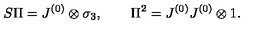
S \Pi = J ^ { ( 0 ) } \otimes \sigma _ { 3 } , \qquad \Pi ^ { 2 } = J ^ { ( 0 ) } J ^ { ( 0 ) } \otimes 1 .